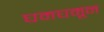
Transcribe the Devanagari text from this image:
घमघमून